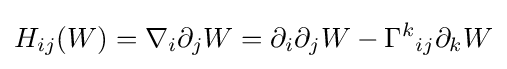
H_{ij}(W)=\nabla _{i}\partial _{j}W=\partial _{i}\partial _{j}W-\Gamma ^{k}{}_{ij}\partial _{k}W